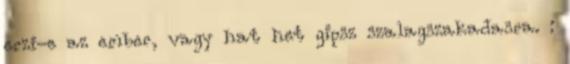
erzi-e az ember, vagy hat het gipsz szalagszakadasra. :